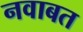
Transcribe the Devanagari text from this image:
नवाबत